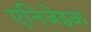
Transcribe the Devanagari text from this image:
एनिजेइक